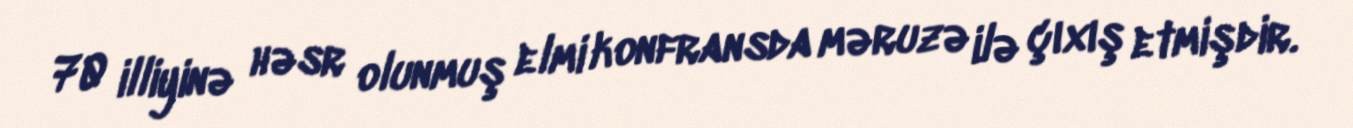
70 illiyinə həsr olunmuş elmi konfransda məruzə ilə çıxış etmişdir.